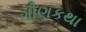
ગૌણકથા